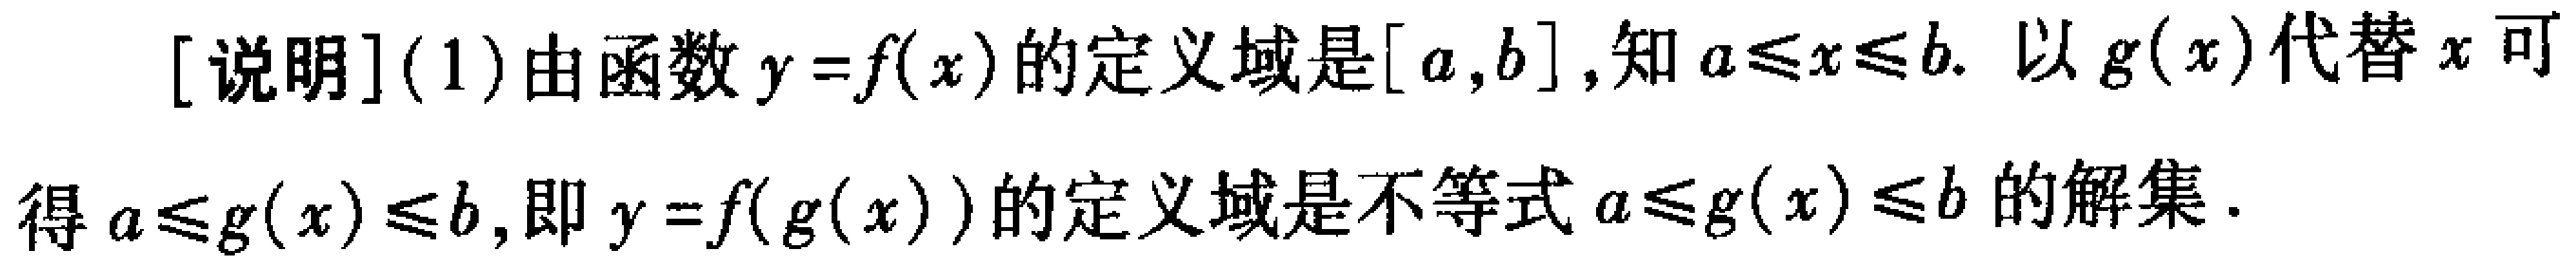
[说明](1)由函数\(y = f(x)\)的定义域是\([a,b]\)，知\(a\leqslant x\leqslant b\). 以\(g(x)\)代替\(x\)可得\(a\leqslant g(x)\leqslant b\)，即\(y = f(g(x))\)的定义域是不等式\(a\leqslant g(x)\leqslant b\)的解集.